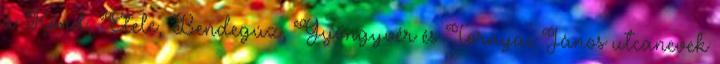
a Kond, Etele, Bendegúz, Gyöngyvér és Tornyai János utcanevek